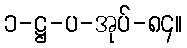
၁-ဋ္ဌ-ပ-အုပ်-၈၄။